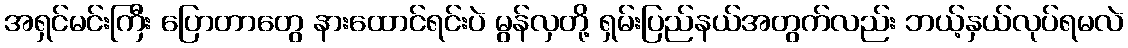
အရှင်မင်းကြီး ပြောတာတွေ နားထောင်ရင်းပဲ မွန်လှတို့ ရှမ်းပြည်နယ်အတွက်လည်း ဘယ့်နှယ်လုပ်ရမလဲ